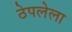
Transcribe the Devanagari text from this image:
ठेपलेला